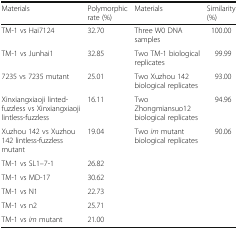
<table><thead><tr><td><b>Materials</b></td><td><b>Polymorphic rate (%)</b></td><td><b>Materials</b></td><td><b>Similarity (%)</b></td></tr></thead><tbody><tr><td>TM-1 vs Hai7124</td><td>32.70</td><td>Three W0 DNA samples</td><td>100.00</td></tr><tr><td>TM-1 vs Junhai1</td><td>32.85</td><td>Two TM-1 biological replicates</td><td>99.99</td></tr><tr><td>7235 vs 7235 mutant</td><td>25.01</td><td>Two Xuzhou 142 biological replicates</td><td>93.00</td></tr><tr><td>Xinxiangxiaoji linted-fuzzless vs Xinxiangxiaoji lintless-fuzzless</td><td>16.11</td><td>Two Zhongmiansuo12 biological replicates</td><td>94.96</td></tr><tr><td>Xuzhou 142 vs Xuzhou 142 lintless-fuzzless mutant</td><td>19.04</td><td>Two <i>im</i> mutant biological replicates</td><td>90.06</td></tr><tr><td>TM-1 vs SL1–7-1</td><td>26.82</td><td></td><td></td></tr><tr><td>TM-1 vs MD-17</td><td>30.62</td><td></td><td></td></tr><tr><td>TM-1 vs N1</td><td>22.73</td><td></td><td></td></tr><tr><td>TM-1 vs n2</td><td>25.71</td><td></td><td></td></tr><tr><td>TM-1 vs <i>im</i> mutant</td><td>21.00</td><td></td><td></td></tr></tbody></table>